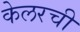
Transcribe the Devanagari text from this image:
केलरची